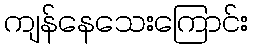
ကျန်နေသေးကြောင်း